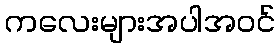
ကလေးများအပါအဝင်